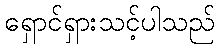
ရှောင်ရှားသင့်ပါသည်